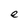
Character: e